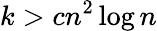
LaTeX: k>cn^{2}\log n